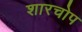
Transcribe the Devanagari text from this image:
शारचोप